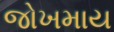
જોખમાય